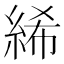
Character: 絺